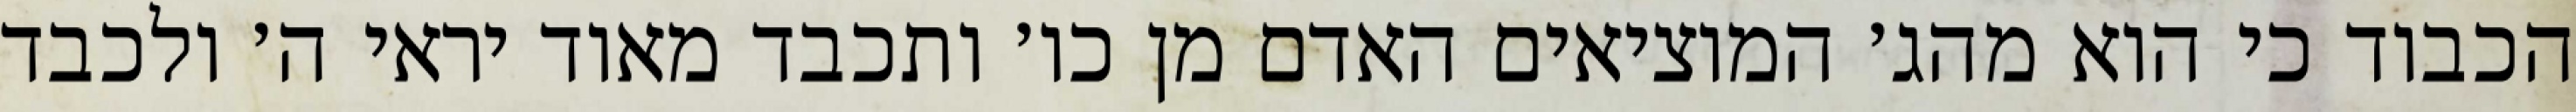
הכבוד כי הוא מהג׳ המוציאים האדם מן כו׳ ותכבד מאוד יראי ה׳ ולכבד